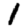
Digit: 1